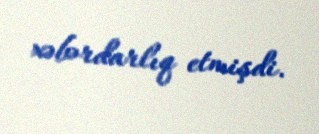
xəbərdarlıq etmişdi.